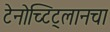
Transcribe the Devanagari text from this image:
टेनोच्टिट्लानचा